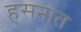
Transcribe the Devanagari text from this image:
हसनात